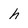
Character: h